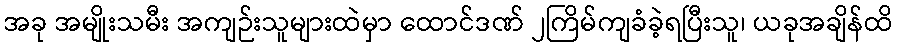
အခု အမျိုးသမီး အကျဉ်းသူများထဲမှာ ထောင်ဒဏ် ၂ကြိမ်ကျခံခဲ့ရပြီးသူ၊ ယခုအချိန်ထိ